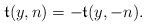
LaTeX: \begin{align*}\mathfrak{t}(y,n)=-\mathfrak{t}(y,-n). \end{align*}